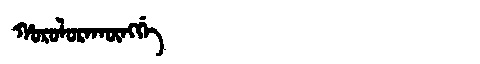
Manchu: ᡥᠣᡵᠣᠯᠣᡵᠠᡴᡡᠩᡤᡝ
Romanization: HOROLORAKŪNGGE